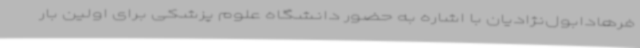
فرهادابول‌نژادیان با اشاره به حضور دانشگاه علوم پزشکی برای اولین بار